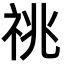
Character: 祧